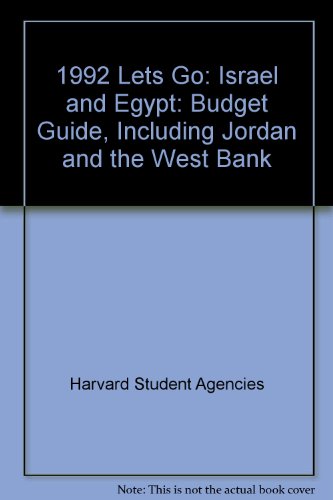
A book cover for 1992 Lets Go: Israel and Egypt: Budget Guide, Including Jordan and the West Bank; Harvard Student Agencies; Travel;